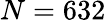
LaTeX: N=632